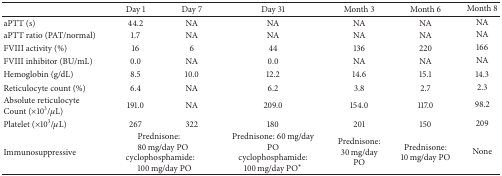
<table><thead><tr><td><b> </b></td><td><b>Day 1</b></td><td><b>Day 7</b></td><td><b>Day 31</b></td><td><b>Month 3</b></td><td><b>Month 6</b></td><td><b>Month 8</b></td></tr></thead><tbody><tr><td>aPTT (s)</td><td>44.2</td><td>NA</td><td>NA</td><td>NA</td><td>NA</td><td>NA</td></tr><tr><td>aPTT ratio (PAT/normal)</td><td>1.7</td><td>NA</td><td>NA</td><td>NA</td><td>NA</td><td>NA</td></tr><tr><td>FVIII activity (%)</td><td>16</td><td>6</td><td>44</td><td>136</td><td>220</td><td>166</td></tr><tr><td>FVIII inhibitor (BU/mL)</td><td>0.0</td><td>NA</td><td>0.0</td><td>NA</td><td>NA</td><td>NA</td></tr><tr><td>Hemoglobin (g/dL)</td><td>8.5</td><td>10.0</td><td>12.2</td><td>14.6</td><td>15.1</td><td>14.3</td></tr><tr><td>Reticulocyte count (%)</td><td>6.4</td><td>NA</td><td>6.2</td><td>3.8</td><td>2.7</td><td>2.3</td></tr><tr><td>Absolute reticulocyte Count (×10<sup>3</sup>/<i>μ</i>L)</td><td>191.0</td><td>NA</td><td>209.0</td><td>154.0</td><td>117.0</td><td>98.2</td></tr><tr><td>Platelet (×10<sup>3</sup>/<i>μ</i>L)</td><td>267</td><td>322</td><td>180</td><td>201</td><td>150</td><td>209</td></tr><tr><td>Immunosuppressive</td><td colspan="2">Prednisone: 80 mg/day POcyclophosphamide: 100 mg/day PO</td><td>Prednisone: 60 mg/day POcyclophosphamide: 100 mg/day PO*</td><td>Prednisone: 30 mg/day PO</td><td>Prednisone: 10 mg/day PO</td><td>None</td></tr></tbody></table>